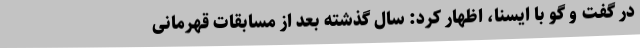
در گفت و گو با ایسنا، اظهار کرد: سال گذشته بعد از مسابقات قهرمانی